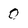
Character: 0